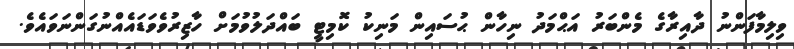
ވިލިމާފަންނު ދާއިރާގެ މެންބަރު އަޙްމަދު ނިހާން ޙުސައިން މަނިކު ކޮމިޓީ ބައްދަލުވުމަށް ހާޒިރުވެވަޑައެއްނުގަންނަވައެވެ.